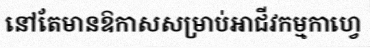
នៅតែមានឱកាសសម្រាប់អាជីវកម្មកាហ្វេ